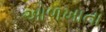
ઓળખાતા